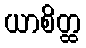
ယာစိတ္ထ